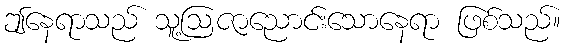
ဤနေရာသည် သူ့ဩဇာညောင်းသောနေရာ ဖြစ်သည်။